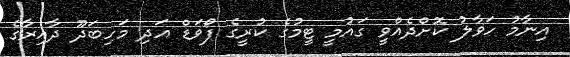
އިނާމު ހަވާލު ކޮށްދެއްވީ ގައުމީ ޓީމުގެ ކުރީގެ ފޯވަޑް އަދި މަހިބަދޫ ދާއިރާގެ